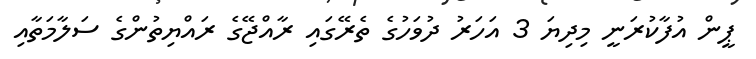
ޕީން އުފާކުރަނީ މިދިޔަ 3 އަހަރު ދުވަހުގެ ތެރޭގައި ރާއްޖޭގެ ރައްޔިތުންގެ ސަލާމަތާއި